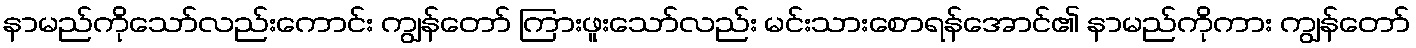
နာမည်ကိုသော်လည်းကောင်း ကျွန်တော် ကြားဖူးသော်လည်း မင်းသားစောရန်အောင်၏ နာမည်ကိုကား ကျွန်တော်